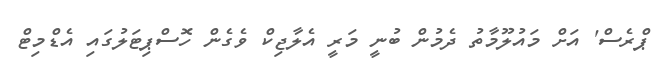
ޕްރެސް' އަށް މައުލޫމާތު ދެމުން ބުނީ މަރީ އެލާޖިކް ވެގެން ހޮސްޕިޓަލުގައި އެޑްމިޓް